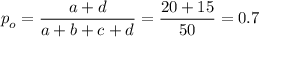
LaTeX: p _ { o } = { \frac { a + d } { a + b + c + d } } = { \frac { 2 0 + 1 5 } { 5 0 } } = 0 . 7